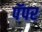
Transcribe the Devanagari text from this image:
पॅपर